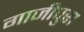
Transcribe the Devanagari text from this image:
गाजीपुरा